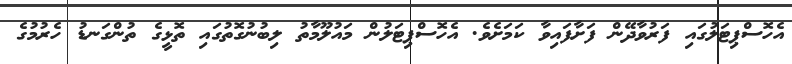
އެހޮސްޕިޓަލުގައި ފަރުވާދޭން ފަށާފައިވާ ކަމަށެވެ. އެހޮސްޕިޓަލުން މައުލޫމާތު ލިބުނުގޮތުގައި ތޮޅީގެ ތުންގަނޑު ހެރުމުގެ